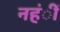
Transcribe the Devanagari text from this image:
नहंीं